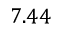
7 . 4 4